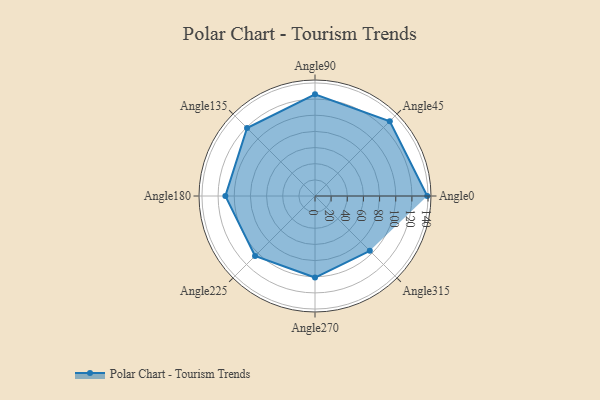
{"axis": {"x": "Angle", "y": "Radius"}, "legend": [""], "data": [{"x": "Angle0", "y": 139.0, "type": ""}, {"x": "Angle45", "y": 131.0, "type": ""}, {"x": "Angle90", "y": 126.0, "type": ""}, {"x": "Angle135", "y": 119.0, "type": ""}, {"x": "Angle180", "y": 111.0, "type": ""}, {"x": "Angle225", "y": 105.0, "type": ""}, {"x": "Angle270", "y": 101.0, "type": ""}, {"x": "Angle315", "y": 96.0, "type": ""}]}